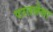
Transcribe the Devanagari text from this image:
परतलेला